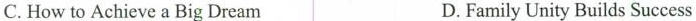
C. How to Achieve a Big Dream D. Family Unity Builds Success